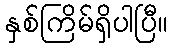
နှစ်ကြိမ်ရှိပါပြီ။